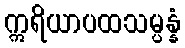
ဣရိယာပထသမ္ပန္နံ